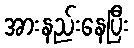
အားနည်းနေပြီး